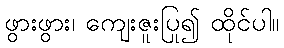
ဖွားဖွား၊ ကျေးဇူးပြု၍ ထိုင်ပါ။